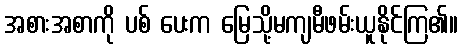
အစားအစာကို ပစ် ပေးက မြေသို့မကျမီဖမ်းယူနိုင်ကြ၏။